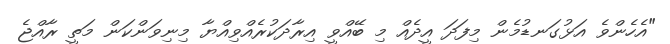
"އެހެންވެ އަޅުގަނޑުމެން މިފަދަ އީދެއް މި ބޭއްވީ އިރާދަކުރެއްވިއްޔާ މިނިވަންކަން މަތީ ރާއްޖެ